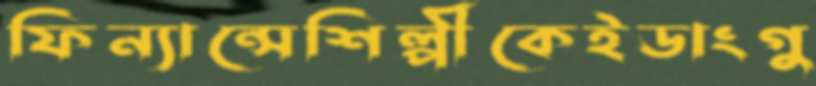
ফিন্যান্সেশিল্পীকেইডাংগু